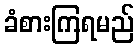
ခံစားကြရမည်